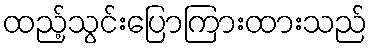
ထည့်သွင်းပြောကြားထားသည်